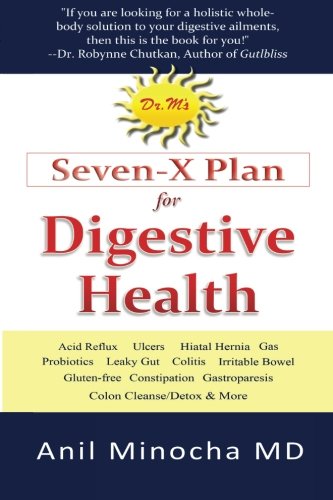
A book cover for Dr. M's Seven-X Plan for Digestive Health: Acid Reflux, Ulcers, Hiatal Hernia, Probiotics, Leaky Gut,  Gluten-free, Gastroparesis, Constipation, ... & More (Digestive Wellness) (Volume 1); Anil Minocha; Health, Fitness & Dieting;